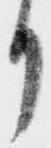
り